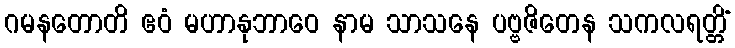
ဂမနတောတိ ဧဝံ မဟာနုဘာဝေ နာမ သာသနေ ပဗ္ဗဇိတေန သကလရတ္တိံ